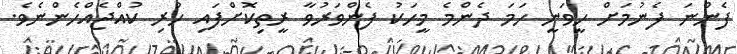
ފެންނަ ފެނުމަށް ހީވަނީ ހަމަ ދެންމެ މީހަކު ފެންވަރުވާ ރީތިކޮށްފައި ހުރި ކުއްޖެއްހެންނެވެ.